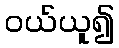
ဝယ်ယူ၍